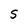
Character: 5